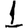
Digit: 1